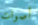
أصوات